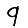
Digit: 9